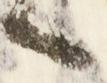
候